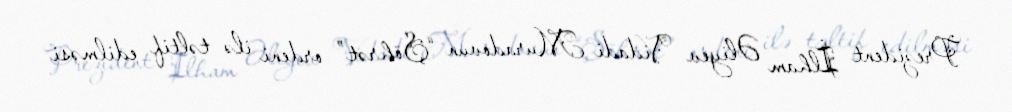
Prezident İlham Əliyev Vidadi Muradovun “Şöhrət” ordeni ilə təltif edilməsi